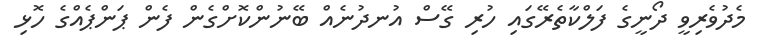
މެދުވެރިވީ ދޯނީގެ ފަލްކާތެރޭގައި ހުރި ގޭސް އުނދުނެއް ބޭނުންކޮށްގެން ފެން ޕަންޕެއްގެ ހޮޅި